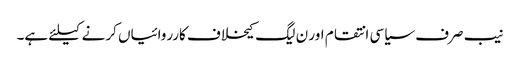
نیب صرف سیاسی انتقام اور ن لیگ کیخلاف کارروائیاں کرنے کیلئے ہے۔